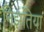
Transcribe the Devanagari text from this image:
निझतिया